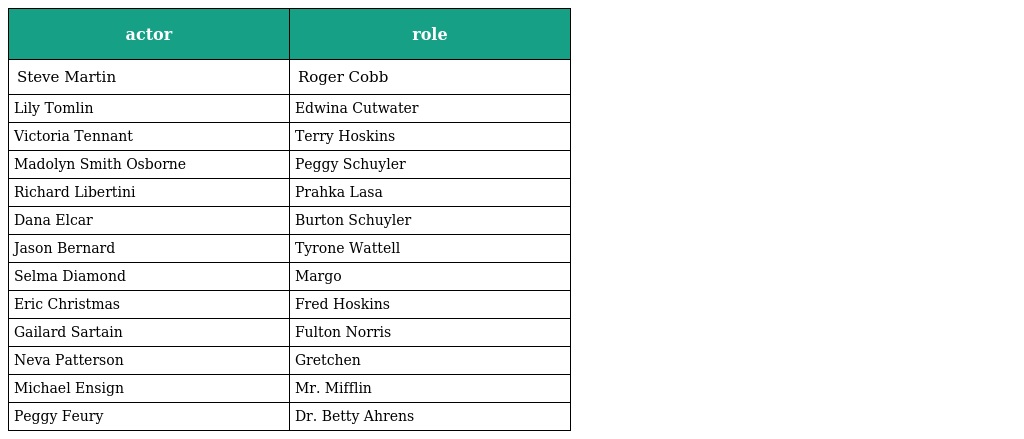
| actor | role |
 | --- | --- |
 | Steve Martin | Roger Cobb |
 | Lily Tomlin | Edwina Cutwater |
 | Victoria Tennant | Terry Hoskins |
 | Madolyn Smith Osborne | Peggy Schuyler |
 | Richard Libertini | Prahka Lasa |
 | Dana Elcar | Burton Schuyler |
 | Jason Bernard | Tyrone Wattell |
 | Selma Diamond | Margo |
 | Eric Christmas | Fred Hoskins |
 | Gailard Sartain | Fulton Norris |
 | Neva Patterson | Gretchen |
 | Michael Ensign | Mr. Mifflin |
 | Peggy Feury | Dr. Betty Ahrens |